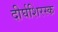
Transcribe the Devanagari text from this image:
दीर्घशिरस्क